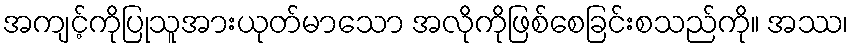
အကျင့်ကိုပြုသူအားယုတ်မာသော အလိုကိုဖြစ်စေခြင်းစသည်ကို။ အဿ၊